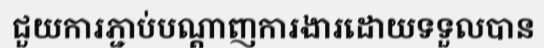
ជួយការភ្ជាប់បណ្តាញការងារដោយទទួលបាន